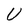
Character: U